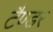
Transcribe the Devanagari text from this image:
टैण्डर